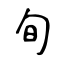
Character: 旬